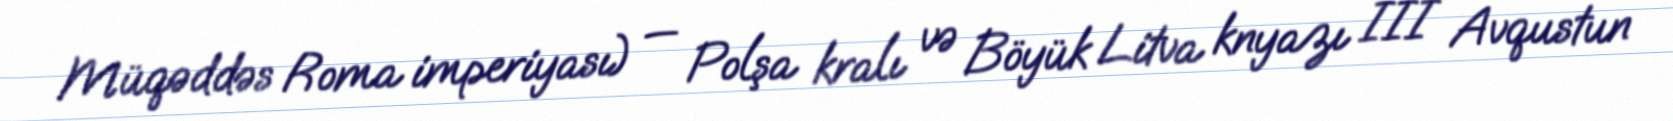
Müqəddəs Roma imperiyası) — Polşa kralı və Böyük Litva knyazı III Avqustun